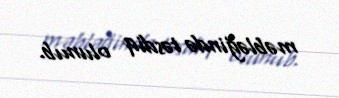
məbləğində təsdiq olunub.